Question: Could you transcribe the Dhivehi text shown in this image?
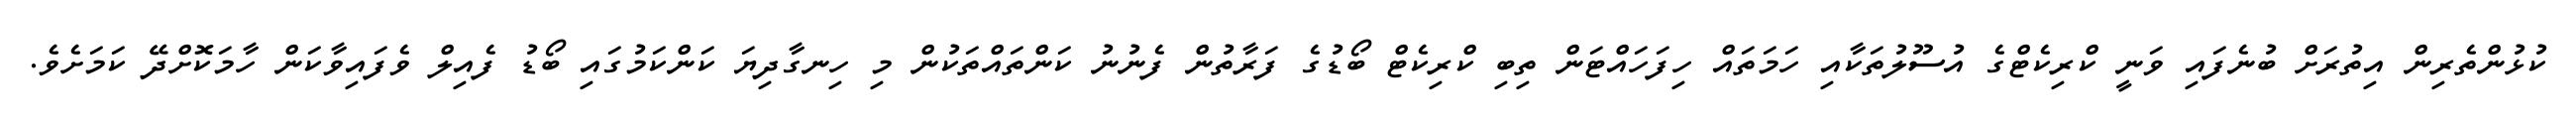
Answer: ކުޅުންތެރިން އިތުރަށް ބުނެފައި ވަނީ ކްރިކެޓްގެ އުސޫލުތަކާއި ހަމަތައް ހިފަހައްޓަން ތިބި ކްރިކެޓް ބޯޑުގެ ފަރާތުން ފެނުނު ކަންތައްތަކުން މި ހިނގާދިޔަ ކަންކަމުގައި ބޯޑު ފެއިލް ވެފައިވާކަން ހާމަކޮށްދޭ ކަމަށެވެ.